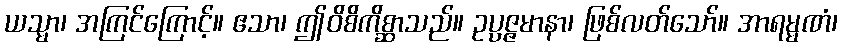
ယသ္မာ၊ အကြင်ကြောင့်။ ဧသာ၊ ဤဝိစိကိစ္ဆာသည်။ ဥပ္ပဇ္ဇမာနာ၊ ဖြစ်လတ်သော်။ အာရမ္မဏံ၊